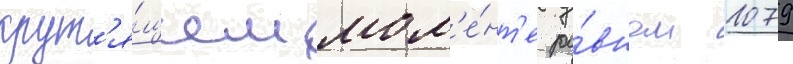
крут'я́щем мом'е́нт'е ра́вном 1079